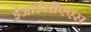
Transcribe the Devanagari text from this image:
ईआईसीएएस